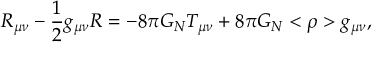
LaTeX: R _ { \mu \nu } - { \frac { 1 } { 2 } } g _ { \mu \nu } R = - 8 \pi G _ { N } T _ { \mu \nu } + 8 \pi G _ { N } < \rho > g _ { \mu \nu } ,